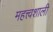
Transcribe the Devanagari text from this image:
महत्त्वशाली